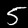
Digit: 5